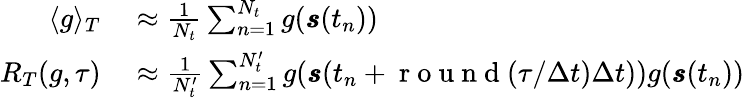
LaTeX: \begin{array}{rl}{\langle g\rangle_{T}}&{{}\approx\frac{1}{N_{t}}\sum_{n=1}^{N_{t}}g(\pmb{s}(t_{n}))}\\ {R_{T}(g,\tau)}&{{}\approx\frac{1}{N_{t}^{\prime}}\sum_{n=1}^{N_{t}^{\prime}}g(\pmb{s}(t_{n}+\mathrm{~r~o~u~n~d~}(\tau/\Delta t)\Delta t))g(\pmb{s}(t_{n}))}\end{array}